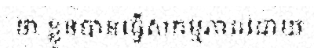
ថា ខ្លួនបានធ្វើសកម្មភាពដោយ